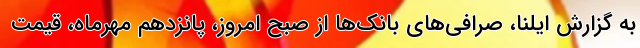
به گزارش ایلنا، صرافی‌های بانک‌ها از صبح امروز، پانزدهم مهرماه، قیمت